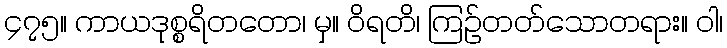
၄၇၅။ ကာယဒုစ္စရိတတော၊ မှ။ ဝိရတိ၊ ကြဉ်တတ်သောတရား။ ဝါ၊